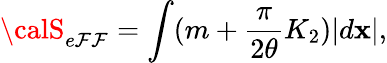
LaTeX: {\calS}_{e\mathcal{F}\mathcal{F}}=\int(m+{\frac{{\pi}}{{2\theta}}}K_{2})|d{\mathbf{x}}|,